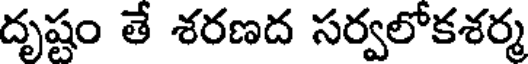
దృష్టం తే శరణద సర్వలోకశర్మ